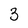
Character: 3